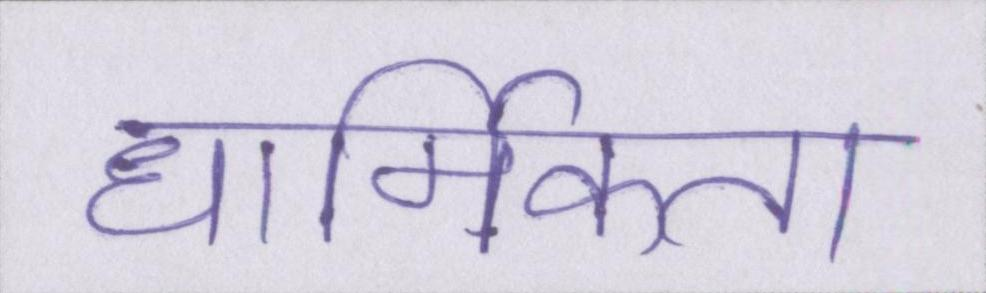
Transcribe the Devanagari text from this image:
धार्मिकता